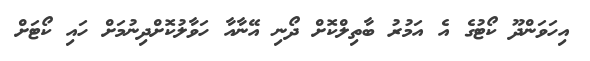
އިހަވަންދޫ ކޯޓުގެ އެ އަމުރު ބާތިލްކޮށް ދޯނި އޭނާއާ ހަވާލުކޮށްދިނުމަށް ހައި ކޯޓަށް